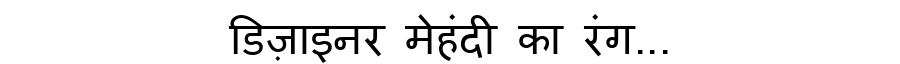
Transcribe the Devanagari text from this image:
डिज़ाइनर मेहंदी का रंग...